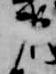
弟